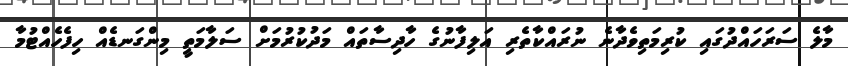
މާލެ ސަރަހައްދުގައި ކުރިމަތިވެދާނެ ނުރައްކާތެރި އަލިފާނުގެ ހާދިސާތައް މަދުކުރުމަށް ސަލާމަތީ މިންގަނޑެއް ހިފެހެއްޓުމާ